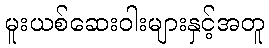
မူးယစ်ဆေးဝါးများနှင့်အတူ